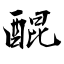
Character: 醌